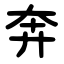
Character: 奔